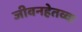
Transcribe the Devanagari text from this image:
जीवनहेतव्वः